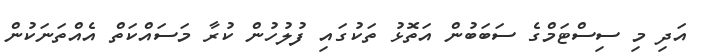
އަދި މި ސިސްޓަމްގެ ސަބަބުން އަތޮޅު ތަކުގައި ފުލުހުން ކުރާ މަސައްކަތް އެއްތަނަކުން